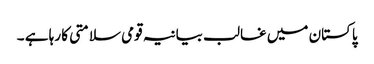
پاکستان میں غالب بیانیہ قومی سلامتی کا رہا ہے ۔